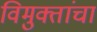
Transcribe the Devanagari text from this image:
विमुक्तांचा